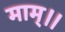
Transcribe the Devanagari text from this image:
माम्।।